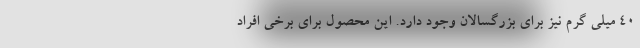
40 میلی گرم نیز برای بزرگسالان وجود دارد. این محصول برای برخی افراد